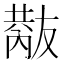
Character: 𠮂